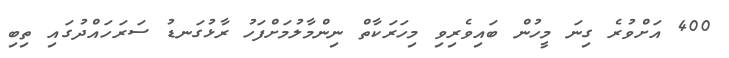
400 އަށްވުރެ ގިނަ މީހުން ބައިވެރިވި މިހަރަކާތް ނިންމާލުމަށްފަހު ރާޅުގަނޑު ސަރަހައްދުގައި ތިބި